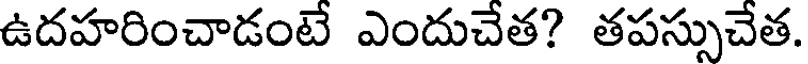
ఉదహరించాడంటే ఎందుచేత? తపస్సుచేత.